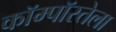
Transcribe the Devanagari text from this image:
कॉम्पॉस्तेला